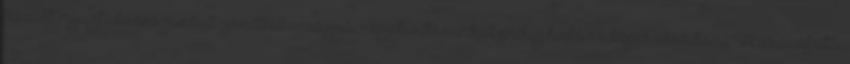
feszült nyugtalanságunkat gondtalansággá, negativitásunkat pedig hálává képes alakítani. Használata